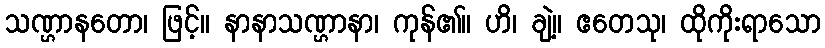
သဏ္ဌာနတော၊ ဖြင့်။ နာနာသဏ္ဌာနာ၊ ကုန်၏။ ဟိ၊ ချဲ့။ ဧတေသု၊ ထိုကိုးရာသော